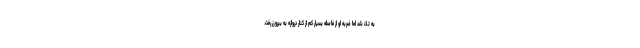
به تک شد اما ضربه او از فاصله بسیار کم از کنار دروازه به بیرون رفت.